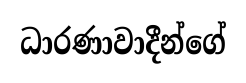
ධාරණාවාදීන්ගේ